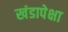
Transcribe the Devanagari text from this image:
खंडापेक्षा